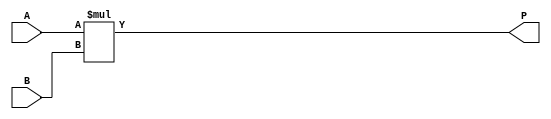
module dsp_mul_unsigned_comb (A, B, P);
	input  [19:0] A;
	input  [17:0] B;
	output [37:0] P;

		assign P   = A * B;
endmodule